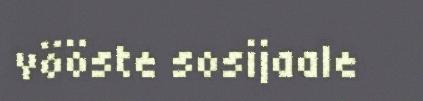
vööste sosijaale